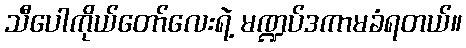
သီပေါကိုယ်တော်လေးရဲ့ မဏ္ဍပ်ဒကာမခံရတယ်။